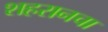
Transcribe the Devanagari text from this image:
शहरानचा